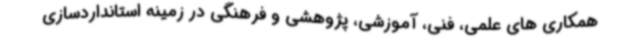
همکاری های علمی، فنی، آموزشی، پژوهشی و فرهنگی در زمینه استانداردسازی